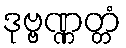
ဒုဗ္ဗဏ္ဏတ္တံ